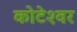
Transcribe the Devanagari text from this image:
कोटेश्‍वर